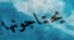
يحتاجونها